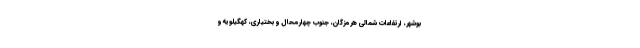
بوشهر، ارتفاعات شمالی هرمزگان، جنوب چهارمحال و بختیاری، کهگیلویه و